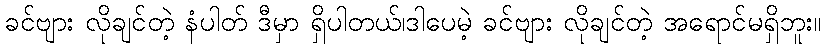
ခင်ဗျား လိုချင်တဲ့ နံပါတ် ဒီမှာ ရှိပါတယ်၊ဒါပေမဲ့ ခင်ဗျား လိုချင်တဲ့ အရောင်မရှိဘူး။